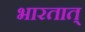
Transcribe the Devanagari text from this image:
भारतात्